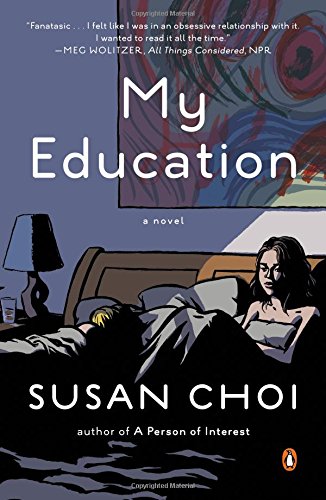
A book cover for My Education: A Novel; Susan Choi; Literature & Fiction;